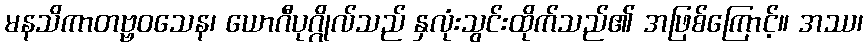
မနသိကာတဗ္ဗဝသေန၊ ယောဂီပုဂ္ဂိုလ်သည် နှလုံးသွင်းထိုက်သည်၏ အဖြစ်ကြောင့်။ အဿ၊